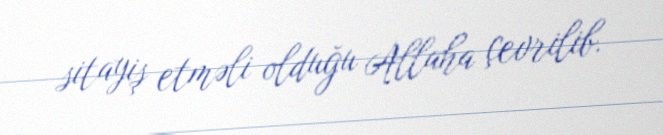
sitayiş etməli olduğu Allaha çevrilib.